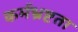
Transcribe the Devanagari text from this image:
कर्मभ्रष्टता